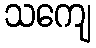
သကျေ